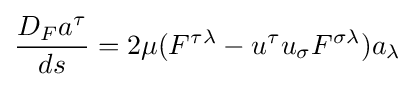
{\frac {D_{F}a^{\tau }}{ds}}=2\mu (F^{\tau \lambda }-u^{\tau }u_{\sigma }F^{\sigma \lambda })a_{\lambda }